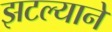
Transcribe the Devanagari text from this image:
झटल्याने